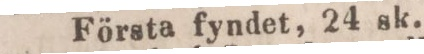
Första fyndet, 24 sk.